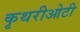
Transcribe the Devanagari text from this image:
कृथरीओटी